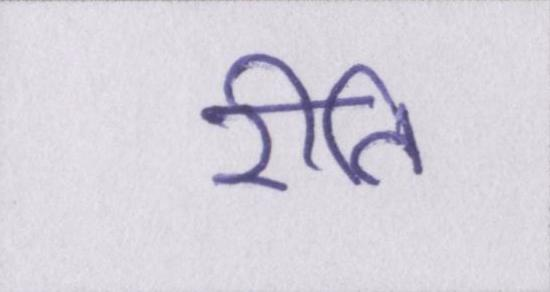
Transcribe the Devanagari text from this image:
रीति